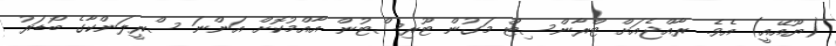
(ޔޫއޭއީ) އެވެ. ރާއްޖެއަށް ޓްރާންސިޓް މަގުން ޓޫރިސްޓުން އާއްމުކޮށް އަންނަ ސްރީލަންކާގެ ބޯޑަރު